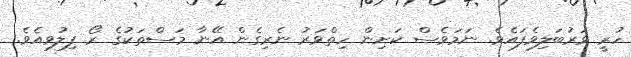
ހުރީ ވަރުބަލިވެފައެވެ. ނަމަވެސް ކަށިން ހިތްވަރު ނެރިގެން އޭނާ މަސްތަކުގެ ރޯ ފިލުވިއެވެ.